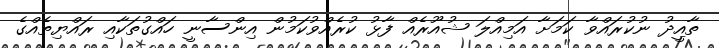
ތާއީދު ނުކުރައްވާ ކަމަށާ އަމިއްލަ ޝުއޫރެއް ފާޅު ކުރެއްވުކަމުން އިންސާނީ ހައްގުތަކާއި ރައްޔިތެއްގެ